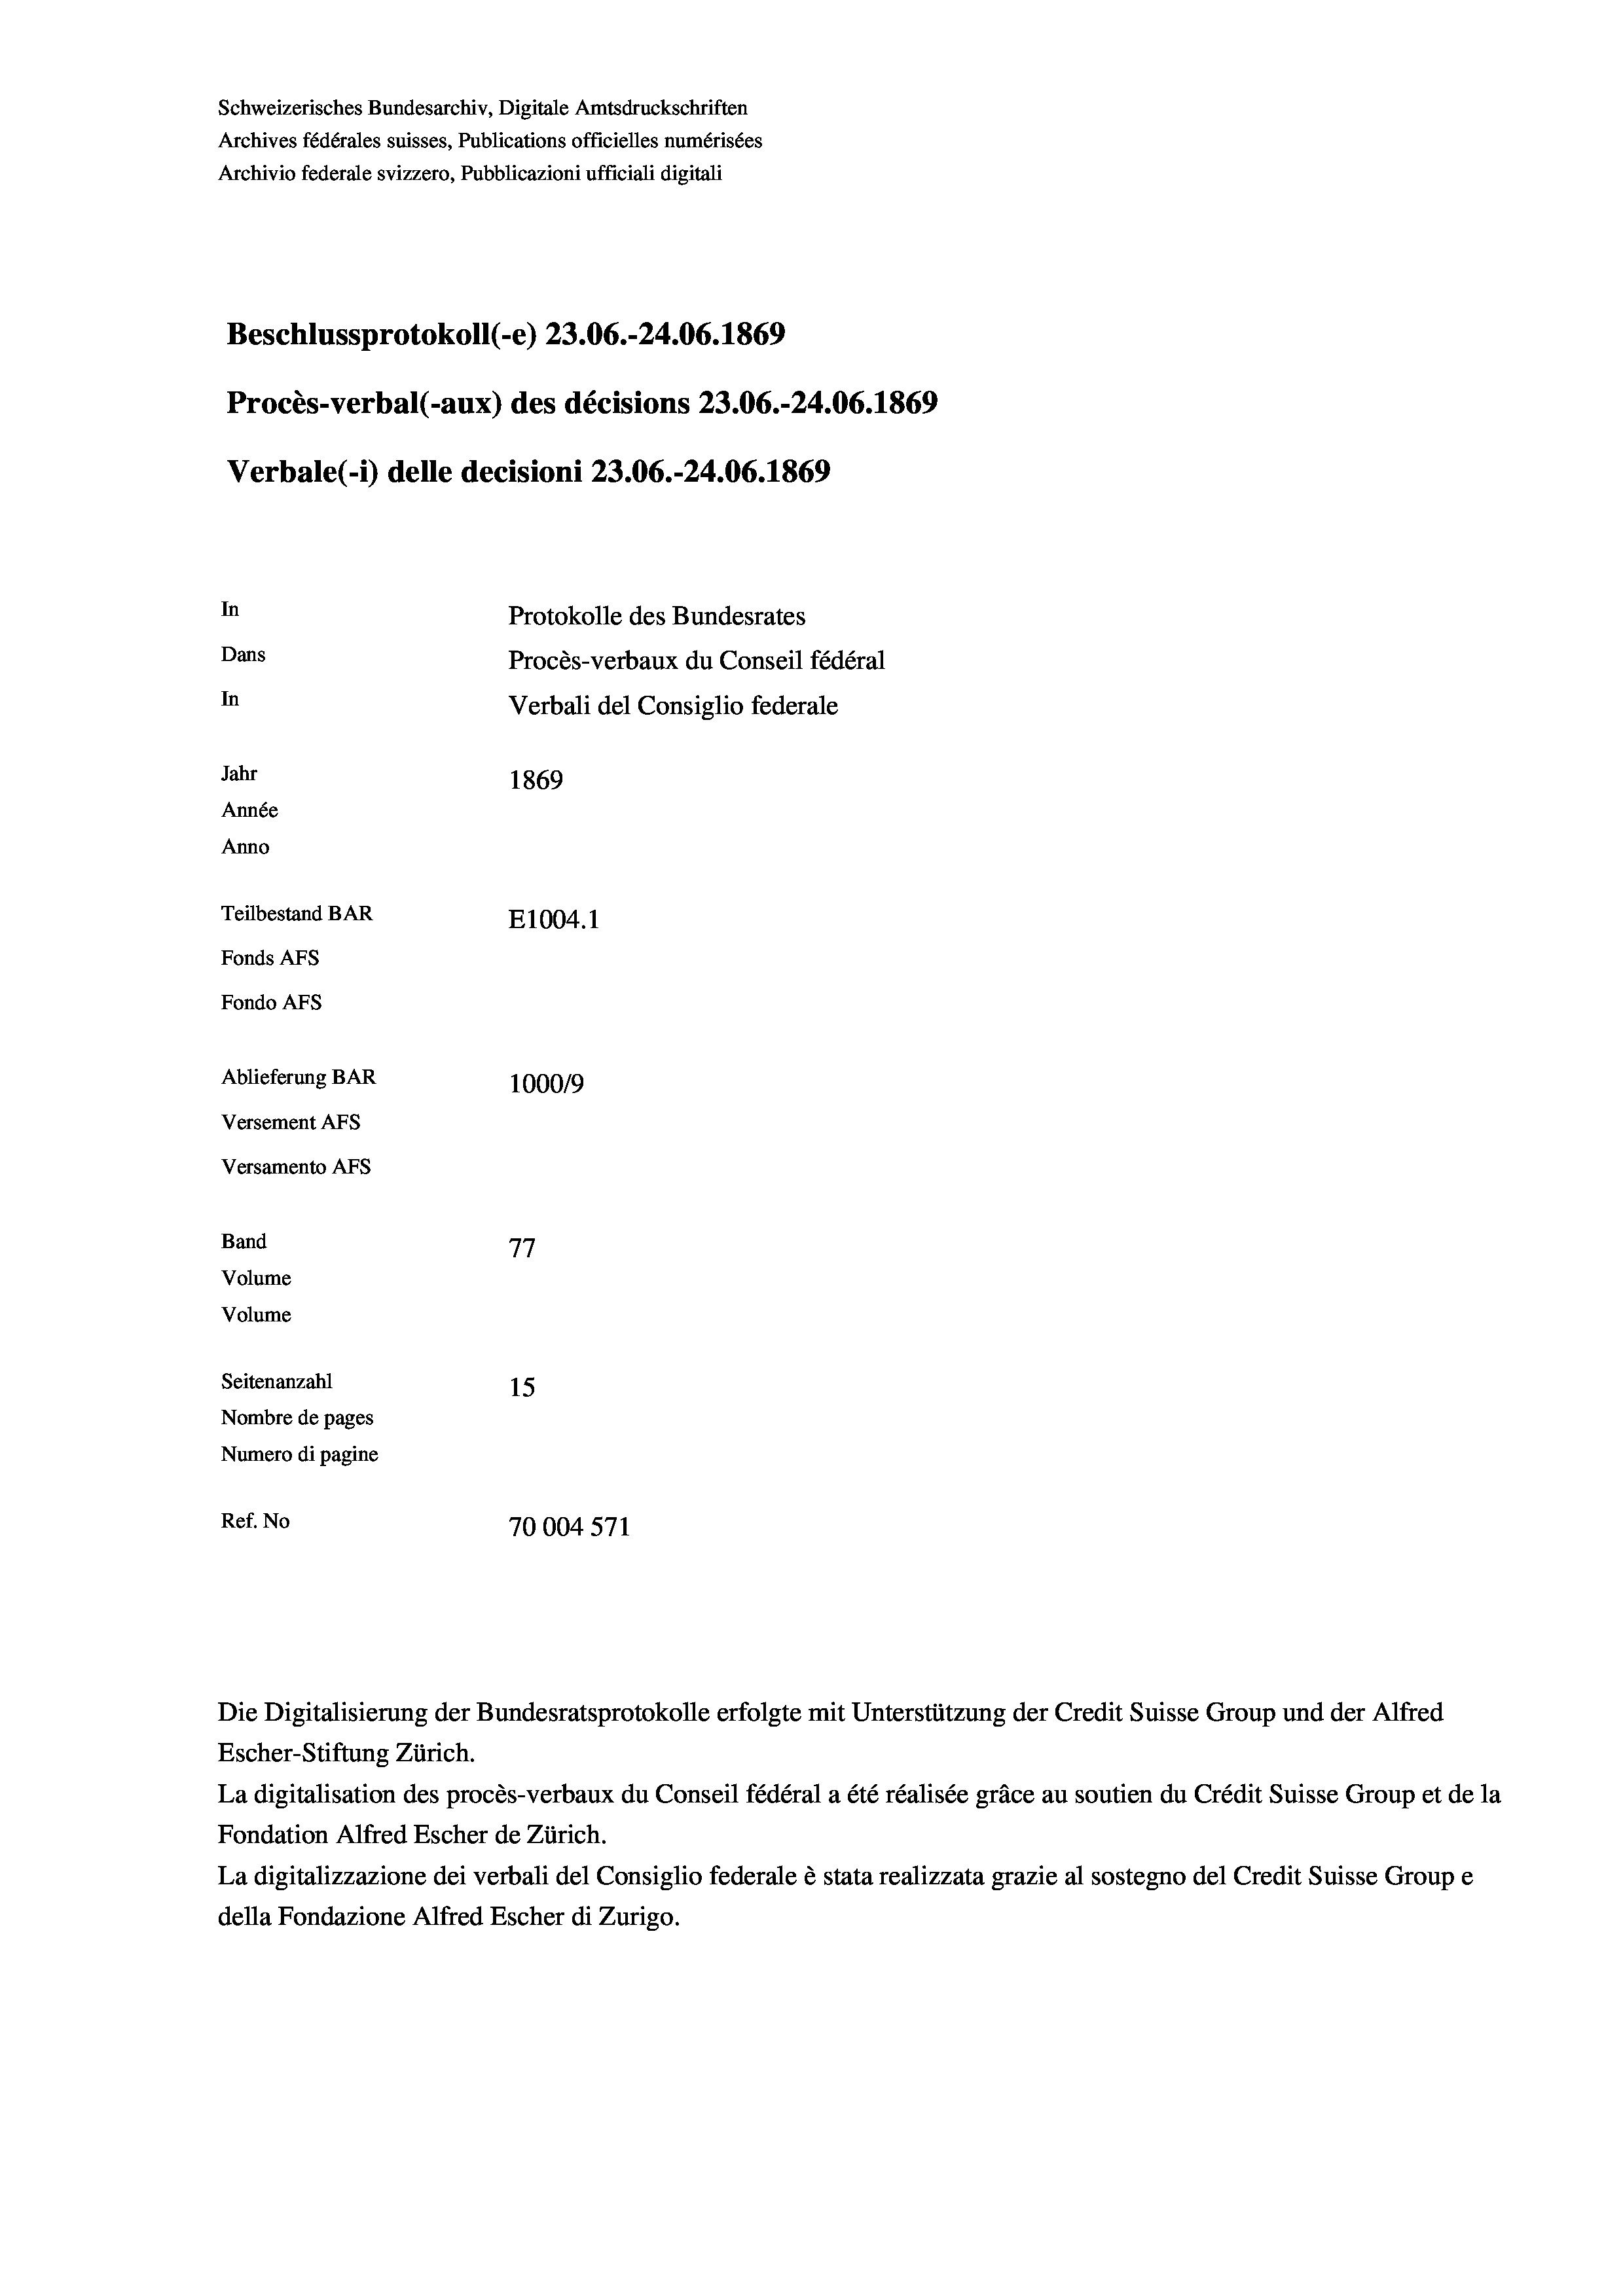
Schweizerisches Bundesarchiv, Digitale Amtsdruckschriften
Archives fédérales suisses, Publications officielles numérisées
Archivio federale svizzero, Pubblicazioni ufficiali digitali
Beschlussprotokoll (-e) 23.06.-24.06. 1869
Procès-verbal (-aux) des décisions 23.06.-24.06. 1869
Verbale (- 1) delle decisioni 23.06.-24.06. 1869
In
Protokolle des Bundesrates
Dans
Procès-verbaux du Conseil fédéral
In
Verbali del Consiglio federale
Jahr
1869
Année
Anno
Teilbestand BAR
E1004.1
Fonds AFs
Fondo Afs
Ablieferung BAR
100019
Versement AFs
Versamento Afs
Band
77
Volume
Volume
Seitenanzahl
15
Nombre de pages
Numero di pagine
Ref. No
70004 571

Die Digitalisierung der Bundesratsprotokolle erfolgte mit Unterstützung der Credit Suisse Group und der Alfred

Escher-Stiftung Zürich.
La digitalisation des procès-verbaux du Conseil fédéral a été réalisée gräce au soutien du Crédit Suisse Group et de la
Fondation Alfred Escher de Zürich.
La digitalizzazione dei verbali del Consiglio federale è stata realizzata grazie al sostegno del Credit Suisse Groupe
della Fondazione Alfred Escher di Zurigo.